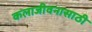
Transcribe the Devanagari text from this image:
कलाजीवनासाठी